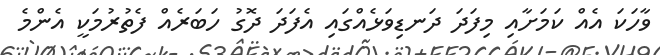
ވާހަކަ އެއް ކަމަށާއި މިފަދަ ދަނޑިވަޅެއްގައި އެފަދަ ދޮގު ހަބަރެއް ފެތުރުމަކީ އެންމެ